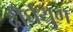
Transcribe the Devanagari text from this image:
दीर्घयुग